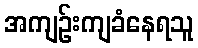
အကျဉ်းကျခံနေရသူ